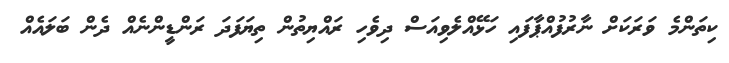
ކިތަންމެ ވަރަކަށް ނާރުފުއްޕާފައި ހަޅޭއްލެވިއަސް ދިވެހި ރައްޔިތުން ތިޔަފަދަ ރަންޑީންނެއް ދެން ބަލައެއް